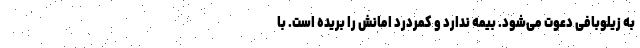
به زیلوبافی دعوت می‌شود. بیمه ندارد و کمردرد امانش را بریده است. با